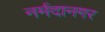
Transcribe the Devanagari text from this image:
नर्मदानगर